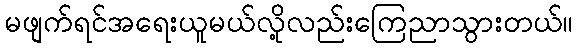
မဖျက်ရင်အရေးယူမယ်လို့လည်းကြေညာသွားတယ်။